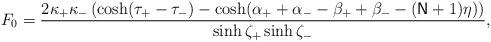
LaTeX: \begin{align*}F_{0}=\frac{2\kappa _{+}\kappa _{-}\left( \cosh (\tau _{+}-\tau _{-})-\cosh(\alpha _{+}+\alpha _{-}-\beta _{+}+\beta _{-}-(\mathsf{N}+1)\eta )\right) }{\sinh \zeta _{+}\sinh \zeta _{-}},\end{align*}